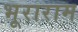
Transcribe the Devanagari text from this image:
भूराराम